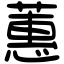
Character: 蕙